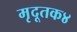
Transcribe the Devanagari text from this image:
मृदूतक४